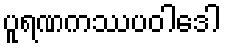
ပူရဏကဿပဝါဒေါ